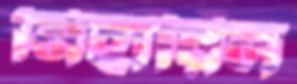
নিহারিল